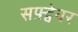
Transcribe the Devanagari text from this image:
सफ़्ट्वेयर